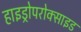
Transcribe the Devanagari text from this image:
हाइड्रोपरोक्साइड